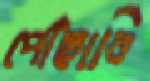
পোঁছাবি